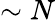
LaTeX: \sim N